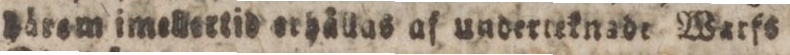
Pärem imellertid orhållas af underteknade Warfs